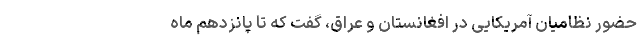
حضور نظامیان آمریکایی در افغانستان و عراق، گفت که تا پانزدهم ماه